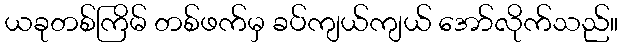
ယခုတစ်ကြိမ် တစ်ဖက်မှ ခပ်ကျယ်ကျယ် အော်လိုက်သည်။